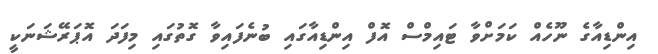
އިންޑިއާގެ ނޫހެއް ކަމަށްވާ ޓައިމްސް އޮފް އިންޑިއާގައި ބުނެފައިވާ ގޮތުގައި މިފަދަ އޮޕަރޭޝަނަކީ